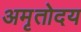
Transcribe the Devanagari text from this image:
अमृतोदय